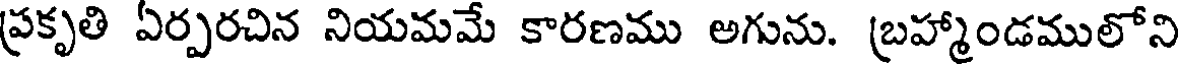
ప్రకృతి ఏర్పరచిన నియమమే కారణము అగును. బ్రహ్మాండములోని